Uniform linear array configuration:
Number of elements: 8
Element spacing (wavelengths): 0.25
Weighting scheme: cosine
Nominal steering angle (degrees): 60
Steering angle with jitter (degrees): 59.957
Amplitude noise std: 0.05
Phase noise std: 0.05

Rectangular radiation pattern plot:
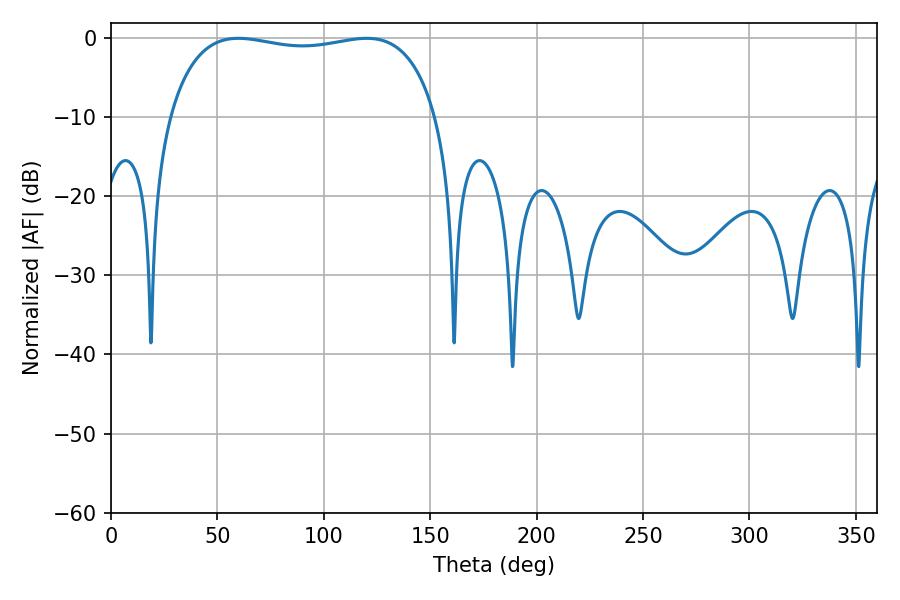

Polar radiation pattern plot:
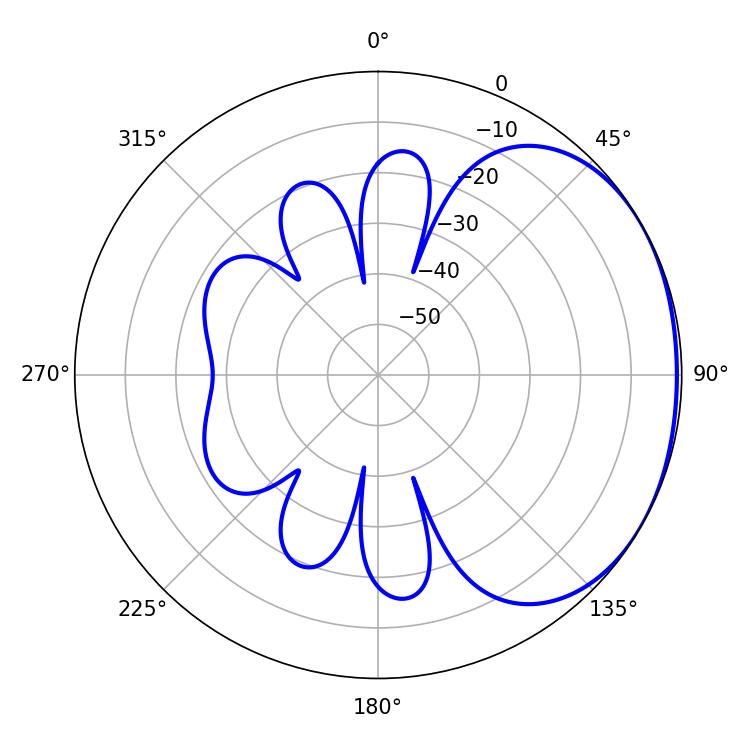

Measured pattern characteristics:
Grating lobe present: FALSE
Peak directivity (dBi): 1.494
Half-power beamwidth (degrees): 101.88
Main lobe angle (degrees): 59.94